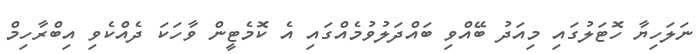
ނަލަހިޔާ ހޮޓަލުގައި މިއަދު ބޭއްވި ބައްދަލުވުމެއްގައި އެ ކޮމެޓީން ވާހަކަ ދެއްކެވި އިބްރާހިމް